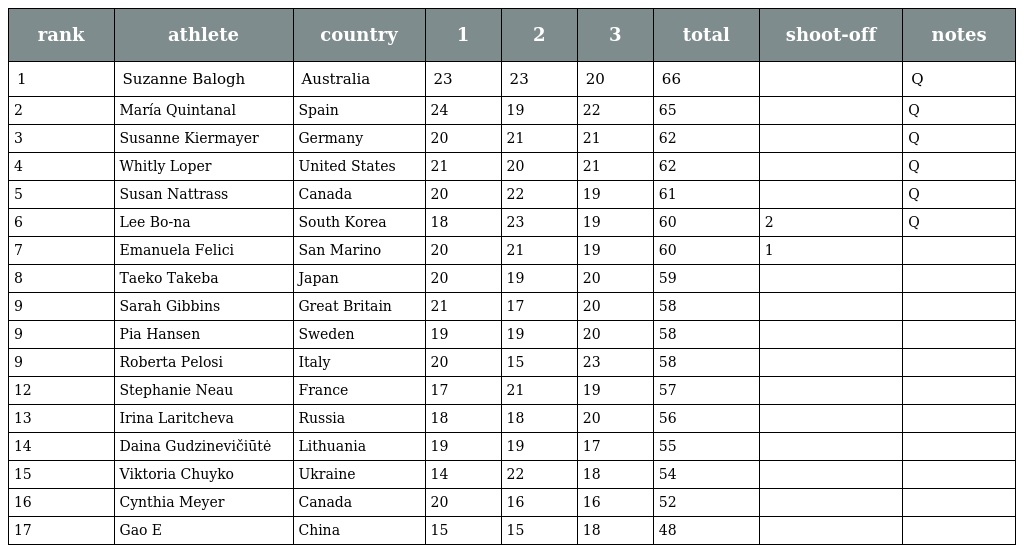
| rank | athlete | country | 1 | 2 | 3 | total | shoot-off | notes |
 | --- | --- | --- | --- | --- | --- | --- | --- | --- |
 | 1 | Suzanne Balogh | Australia | 23 | 23 | 20 | 66 |  | Q |
 | 2 | María Quintanal | Spain | 24 | 19 | 22 | 65 |  | Q |
 | 3 | Susanne Kiermayer | Germany | 20 | 21 | 21 | 62 |  | Q |
 | 4 | Whitly Loper | United States | 21 | 20 | 21 | 62 |  | Q |
 | 5 | Susan Nattrass | Canada | 20 | 22 | 19 | 61 |  | Q |
 | 6 | Lee Bo-na | South Korea | 18 | 23 | 19 | 60 | 2 | Q |
 | 7 | Emanuela Felici | San Marino | 20 | 21 | 19 | 60 | 1 |  |
 | 8 | Taeko Takeba | Japan | 20 | 19 | 20 | 59 |  |  |
 | 9 | Sarah Gibbins | Great Britain | 21 | 17 | 20 | 58 |  |  |
 | 9 | Pia Hansen | Sweden | 19 | 19 | 20 | 58 |  |  |
 | 9 | Roberta Pelosi | Italy | 20 | 15 | 23 | 58 |  |  |
 | 12 | Stephanie Neau | France | 17 | 21 | 19 | 57 |  |  |
 | 13 | Irina Laritcheva | Russia | 18 | 18 | 20 | 56 |  |  |
 | 14 | Daina Gudzinevičiūtė | Lithuania | 19 | 19 | 17 | 55 |  |  |
 | 15 | Viktoria Chuyko | Ukraine | 14 | 22 | 18 | 54 |  |  |
 | 16 | Cynthia Meyer | Canada | 20 | 16 | 16 | 52 |  |  |
 | 17 | Gao E | China | 15 | 15 | 18 | 48 |  |  |